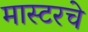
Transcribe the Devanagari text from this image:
मास्टरचे